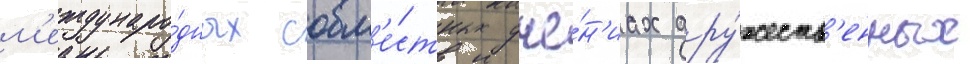
м'еждунаро́дных совм'е́стных уче́н'иах дру́жеств'енных